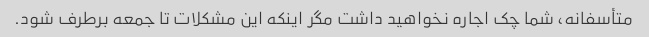
متأسفانه، شما چک اجاره نخواهید داشت مگر اینکه این مشکلات تا جمعه برطرف شود.